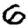
Digit: 6